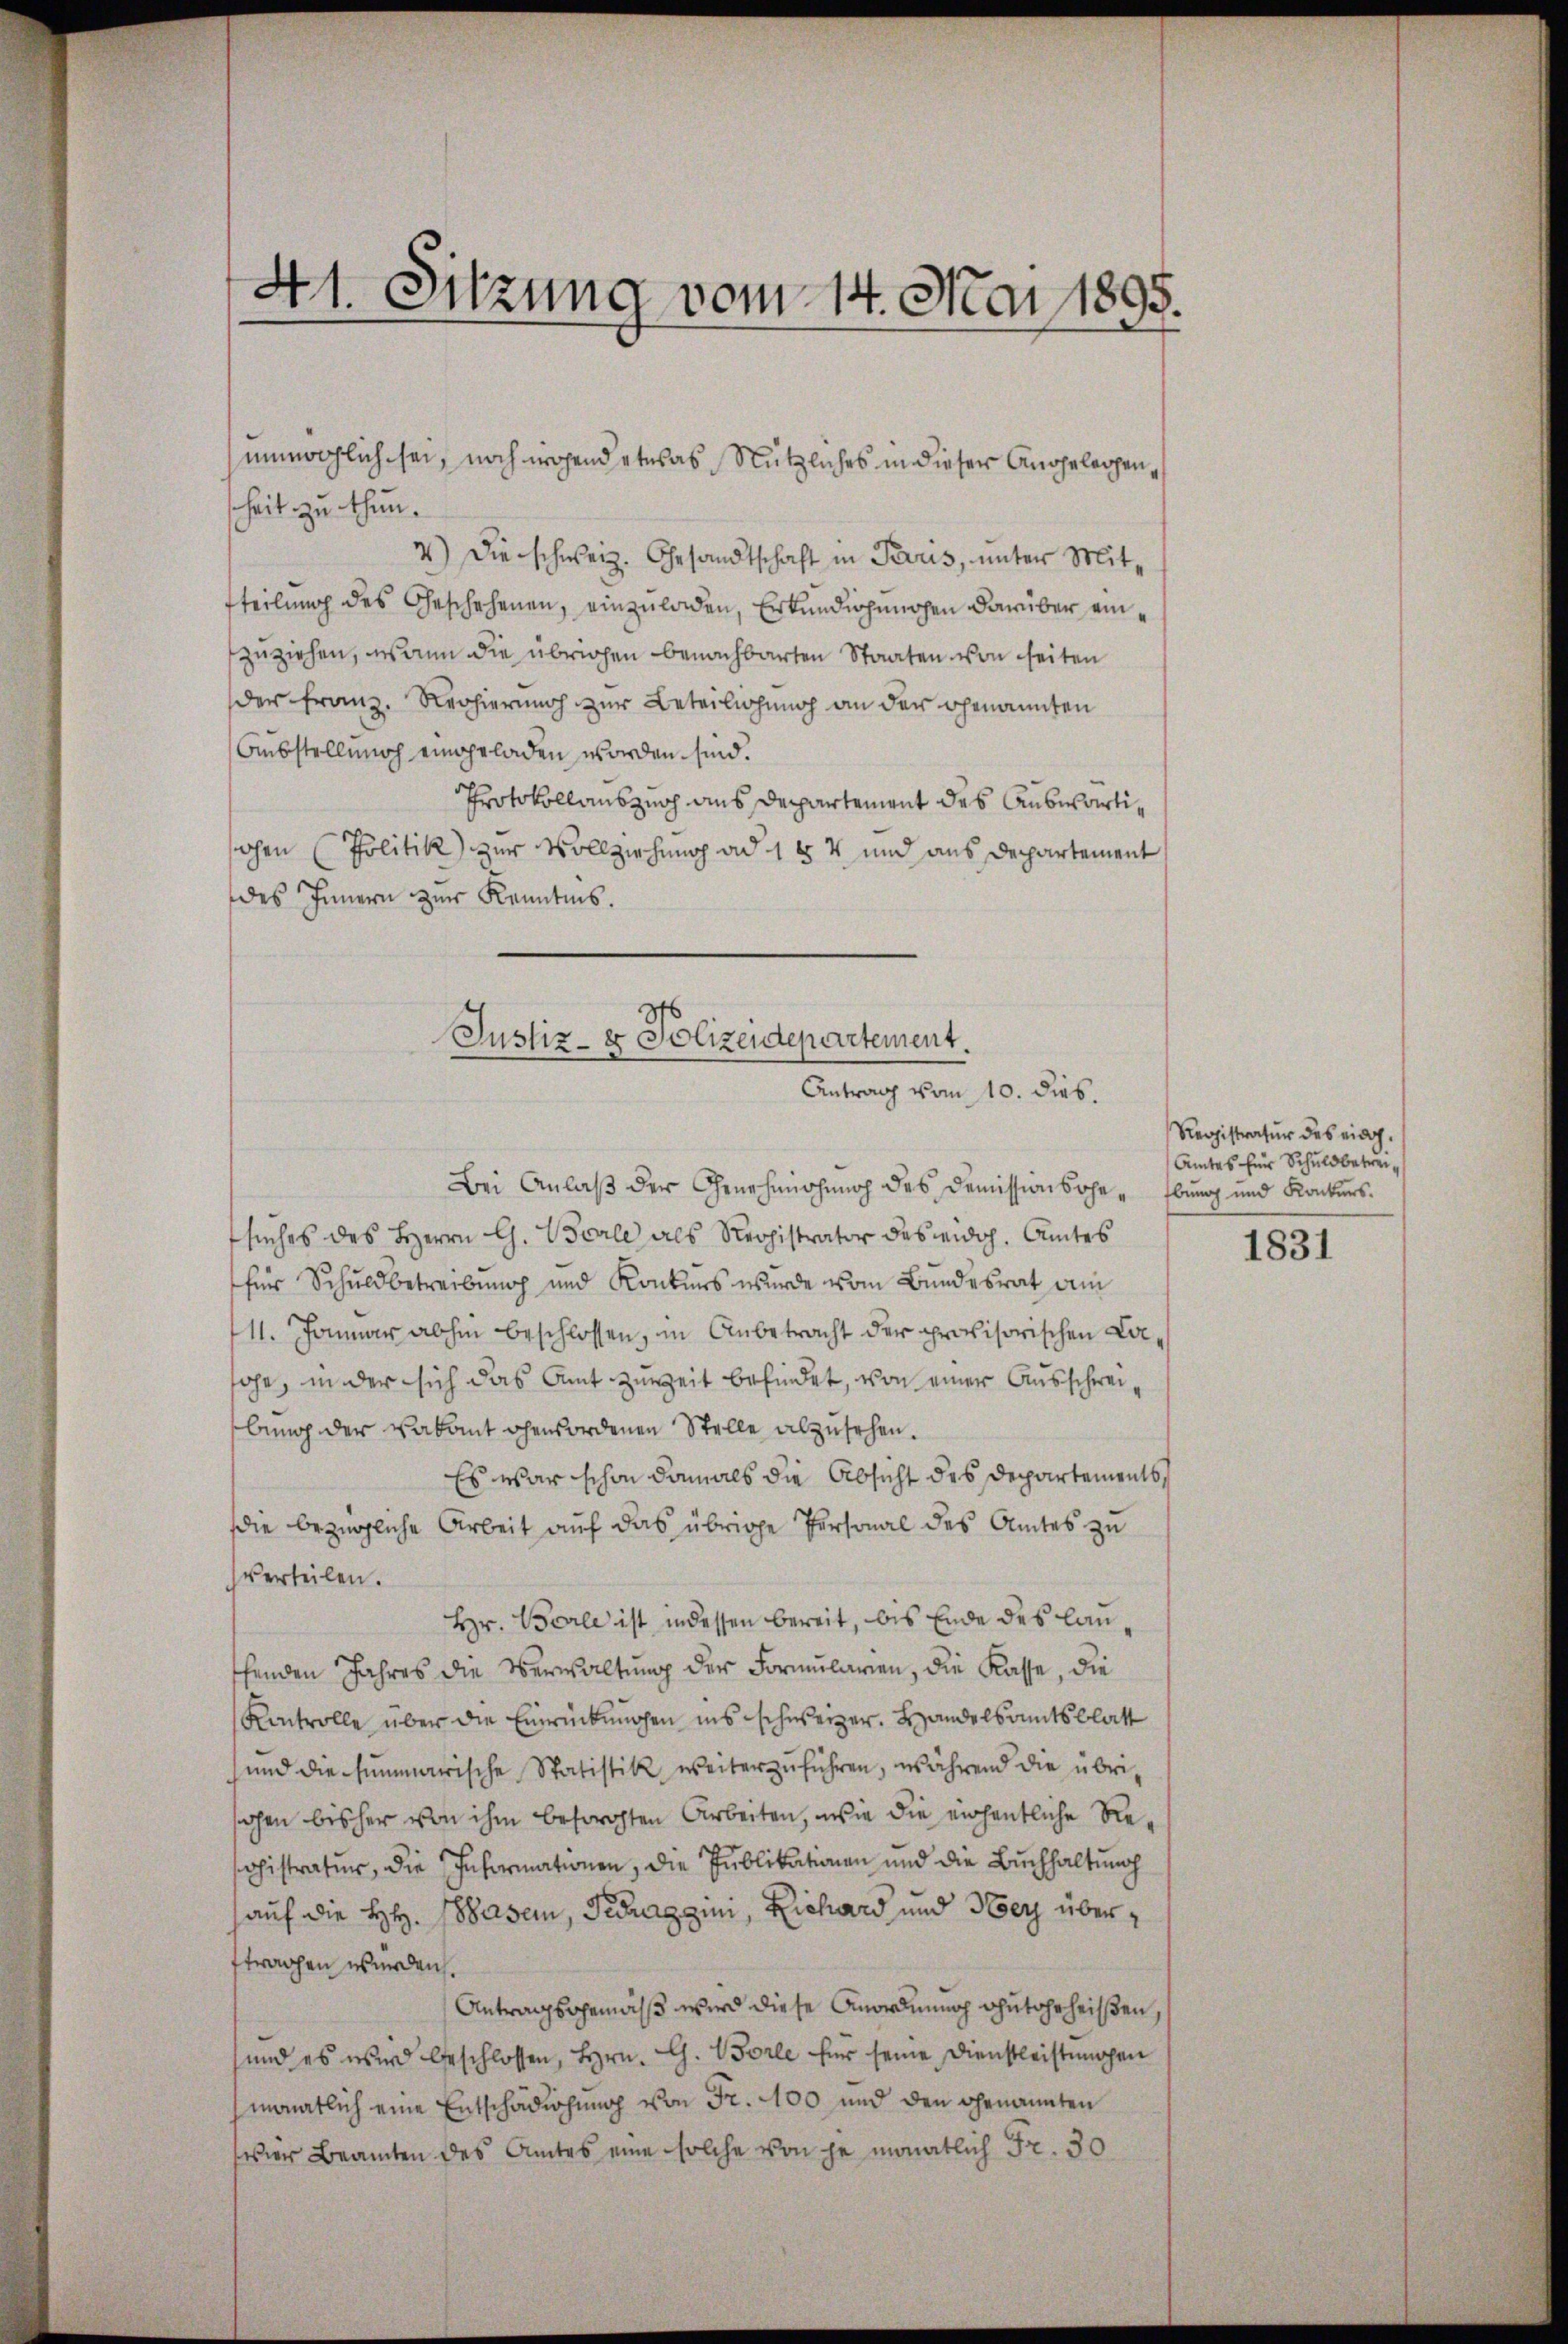
unmöglich sei, noch irgend etwas Nützliches in dieser Angelegen,
heit zu thun.
4) Die schweiz. Gesandtschaft in Paris, unter Mit-
fteilung des Geschehenen, einzuladen, Erkundigungen darüber einzuziehen, wann die übrigen benachbarten Staaten von seiten
der Franz. Regierung zur Beteilichung an der genannten
Ausstellung eingeladen worden sind.
Protokollauszug aus Departement des Auswärtiohen (Politik) zur Vollziehung ad 1 § 4 und aus Departement
des Innern zur Kenntnis.
Bei Anlaß der Genehmigung des Demissionsohr-Ebung und Konkurs-
suches des Herrn G. Borle als Registrator des eidg. Amtes
für Schuldbetreibung und Konkurs wurde vom Bundesrat dem
111. Januar abhin beschlossen, in Anbetracht der provisorischen Colhohe, in der sich das Amt zuweit befindet, von einer Ausschweibung der Vakant ohensordenen Stelle abzusehen.
Es war schon damals die Absicht des Departements
die bezügliche Arbeit auf das übrige Personal des Amtes zu
verteilen.
Hr. Borle ist, indessen bereit, bis Ende des lauthenden Jahres die Verwaltung der Formularen, die Kasse, die
Kontrolle über die Einrückungen ins schweizer. Handelsammtsblatt
und die summarische Statistik weiterzuführen, während die übrisahen bisher von ihm besorgten Arbeiten, wie die eichentliche Reohistratur, die Informationen, die Publikationen und die Buchhaltung
auf die HH. Wasern, Terraggen, Lichard und Herz übertrachen wurden.
Antragsgemäß wird diese Anordnung gutgeheißen,
und es wird beschlossen, Hrn. G. Borle für seine Dienstleistungen
monatlich eine Entschädigung von Fr. 100 und den genannten
eser Beamten des Amtes eine solche von je monatlich Fr. 30

41. Sitzung vom 14. Mai 1895.

Justiz- & Polizeidepartement.
Antrag vom 10. dies.

Registratur des eidg.
Amtes für Schuldbetrei¬

1831